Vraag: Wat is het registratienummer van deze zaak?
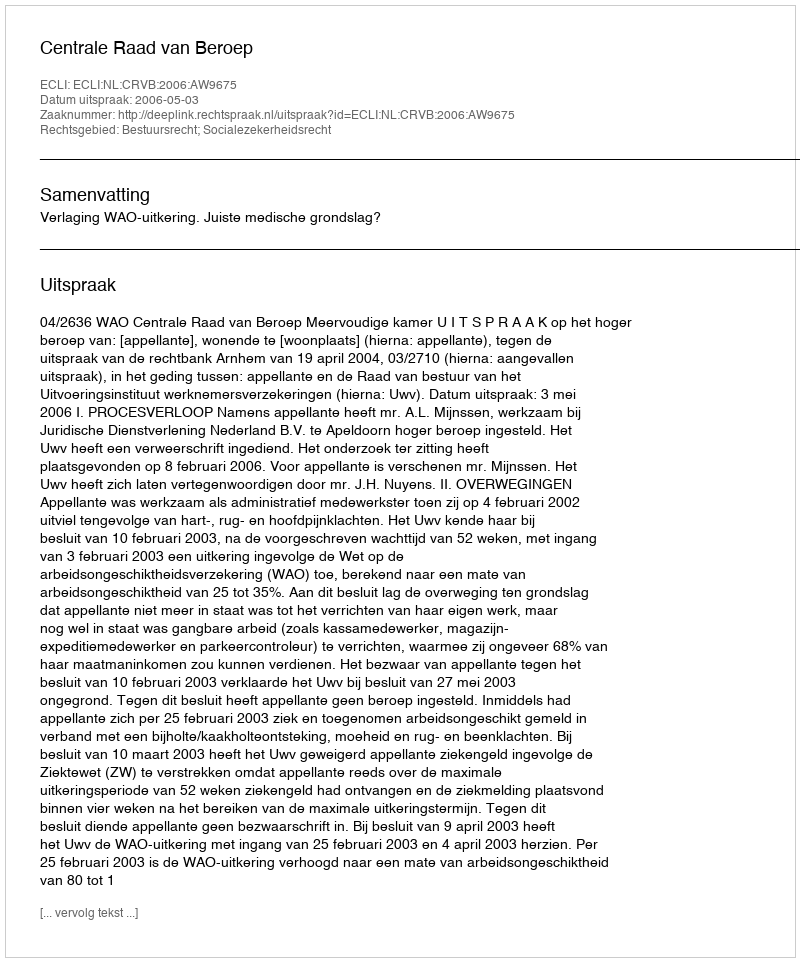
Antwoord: http://deeplink.rechtspraak.nl/uitspraak?id=ECLI:NL:CRVB:2006:AW9675